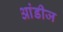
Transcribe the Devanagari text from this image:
आंडीज